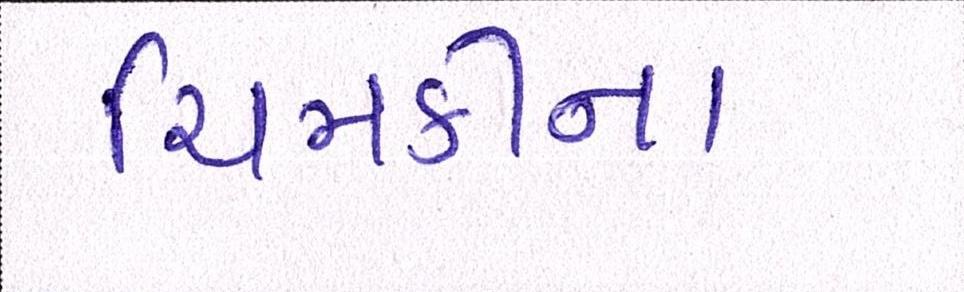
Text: ચિમકીના